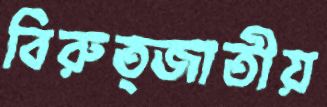
বিরুত্জাতীয়